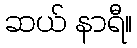
ဆယ် နာရီ။